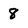
Character: 8